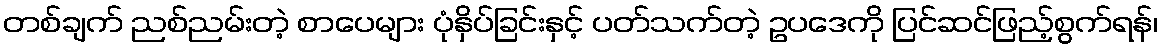
တစ်ချက် ညစ်ညမ်းတဲ့ စာပေများ ပုံနှိပ်ခြင်းနှင့် ပတ်သက်တဲ့ ဥပဒေကို ပြင်ဆင်ဖြည့်စွက်ရန်၊